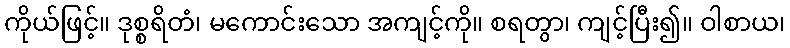
ကိုယ်ဖြင့်။ ဒုစ္စရိတံ၊ မကောင်းသော အကျင့်ကို။ စရတွာ၊ ကျင့်ပြီး၍။ ဝါစာယ၊